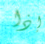
إذا